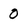
Character: 0